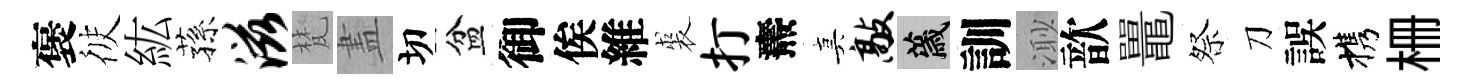
褒彼紘蓀滋梵𥁞切盆御俟維裘打燾真敲薉訓𣺌歆鼉祭刀誤携栅